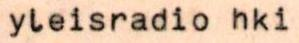
yleisradio hki